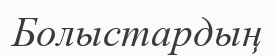
Болыстардың